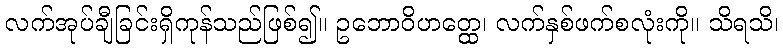
လက်အုပ်ချီခြင်းရှိကုန်သည်ဖြစ်၍။ ဥဘောဝိဟတ္ထေ၊ လက်နှစ်ဖက်စလုံးကို။ သိရသိ၊